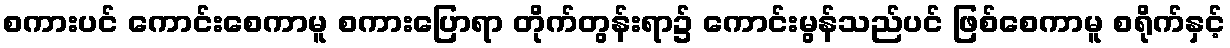
စကားပင် ကောင်းစေကာမူ စကားပြောရာ တိုက်တွန်းရာ၌ ကောင်းမွန်သည်ပင် ဖြစ်စေကာမူ စရိုက်နှင့်